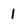
Character: 1